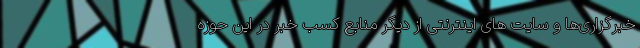
خبرگزاری­ها و سایت­ های اینترنتی از دیگر منابع کسب خبر در این حوزه